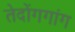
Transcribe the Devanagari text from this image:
तेदोंगगांग